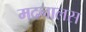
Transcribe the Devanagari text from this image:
मदनालस